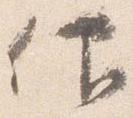
仰